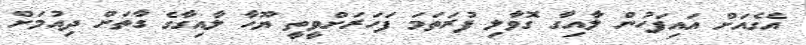
އެގެއަށް އައިފަހުން ލާއިގާ ގޮވާލި ފުރަތަމަ ފަހަރަށްވީތީ ޔޫހާ ލާއިގާގެ ގާތަށް ދިއުމަށް